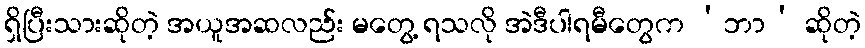
ရှိပြီးသားဆိုတဲ့ အယူအဆလည်း မတွေ့ ရသလို အဲဒီပါရမီတွေက ‘ဘာ’ ဆိုတဲ့